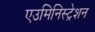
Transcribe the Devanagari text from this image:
एउमिनिस्ट्रेशन